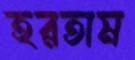
হরতাম